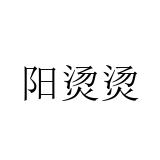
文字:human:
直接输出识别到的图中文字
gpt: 阳烫烫